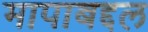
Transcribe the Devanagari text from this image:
मापाबद्दल